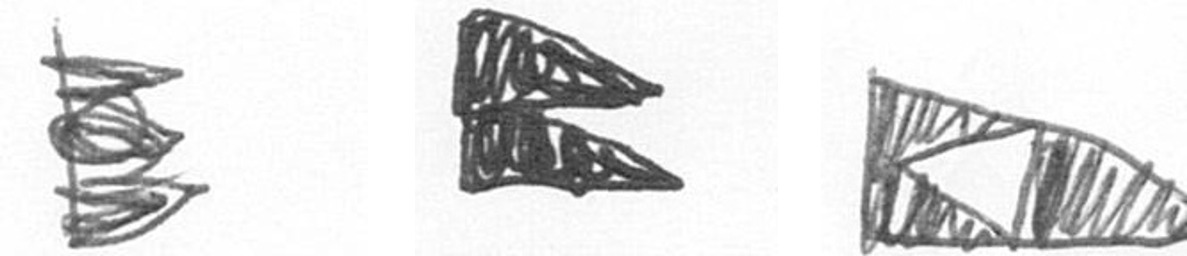
H P K